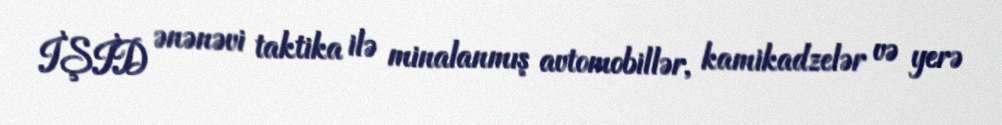
İŞİD ənənəvi taktika ilə minalanmış avtomobillər, kamikadzelər və yerə